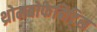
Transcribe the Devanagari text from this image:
थ्रोमबोफेबिटिस